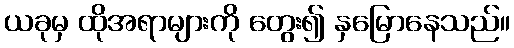
ယခုမှ ထိုအရာများကို တွေး၍ နှမြောနေသည်။